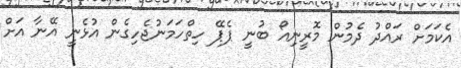
އެކަމަށް ރައްދު ދެމުން މޮރީނިއޯ ބުނީ ޕެޕޭ ހިތްހަމަނުޖެހިގެން އުޅެނީ އޭނާ އަށް